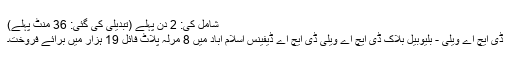
شامل کی: 2 دن پہلے (تبدیلی کی گئی: 36 منٹ پہلے)
ڈی ایچ اے ویلی - بلیوبیل بلاک ڈی ایچ اے ویلی ڈی ایچ اے ڈیفینس اسلام آباد میں 8 مرلہ پلاٹ فائل 19 ہزار میں برائے فروخت۔